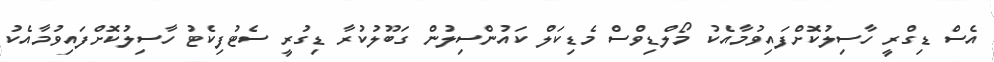
އެސް ޑިގްރީ ހާސިލުކޮށްފައިވުމާއެކު މޯލްޑިވްސް މެޑިކަލް ކައުންސިލުން ގަބޫލުކުރާ ޑިގުރީ ސެޓުފިކެޓު ހާސިލުކޮށްފައިވުމާއެކު